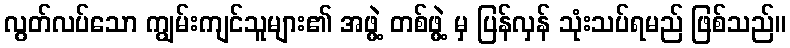
လွတ်လပ်သော ကျွမ်းကျင်သူများ၏ အဖွဲ့ တစ်ဖွဲ့ မှ ပြန်လှန် သုံးသပ်ရမည် ဖြစ်သည်။